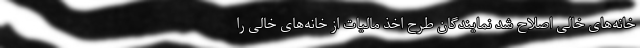
خانه‌های خالی اصلاح شد نمایندگان طرح اخذ مالیات از خانه‌های خالی را